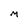
Character: M